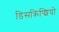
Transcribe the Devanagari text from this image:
डिसक्रिप्शियो